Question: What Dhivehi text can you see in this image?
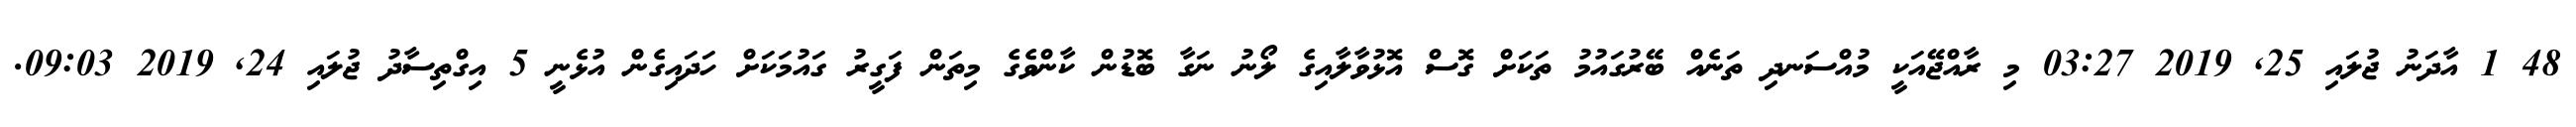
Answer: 48 1 އާދަނު ޖުލައި 25, 2019 03:27 މި ރާއްޖޭއަކީ މުއްސަނދި ތަނެއް ބޭރުގައުމު ތަކަށް ގޮސް އޮޅުވާލާއިގެ ލޯނު ނަގާ ބޮޑުން ކާންވެގެ މިތަން ފަގީރު ގައުމަކަށް ހަދައިގެން އުޅެނީ 5 އިގްތިސާދު ޖުލައި 24, 2019 09:03.